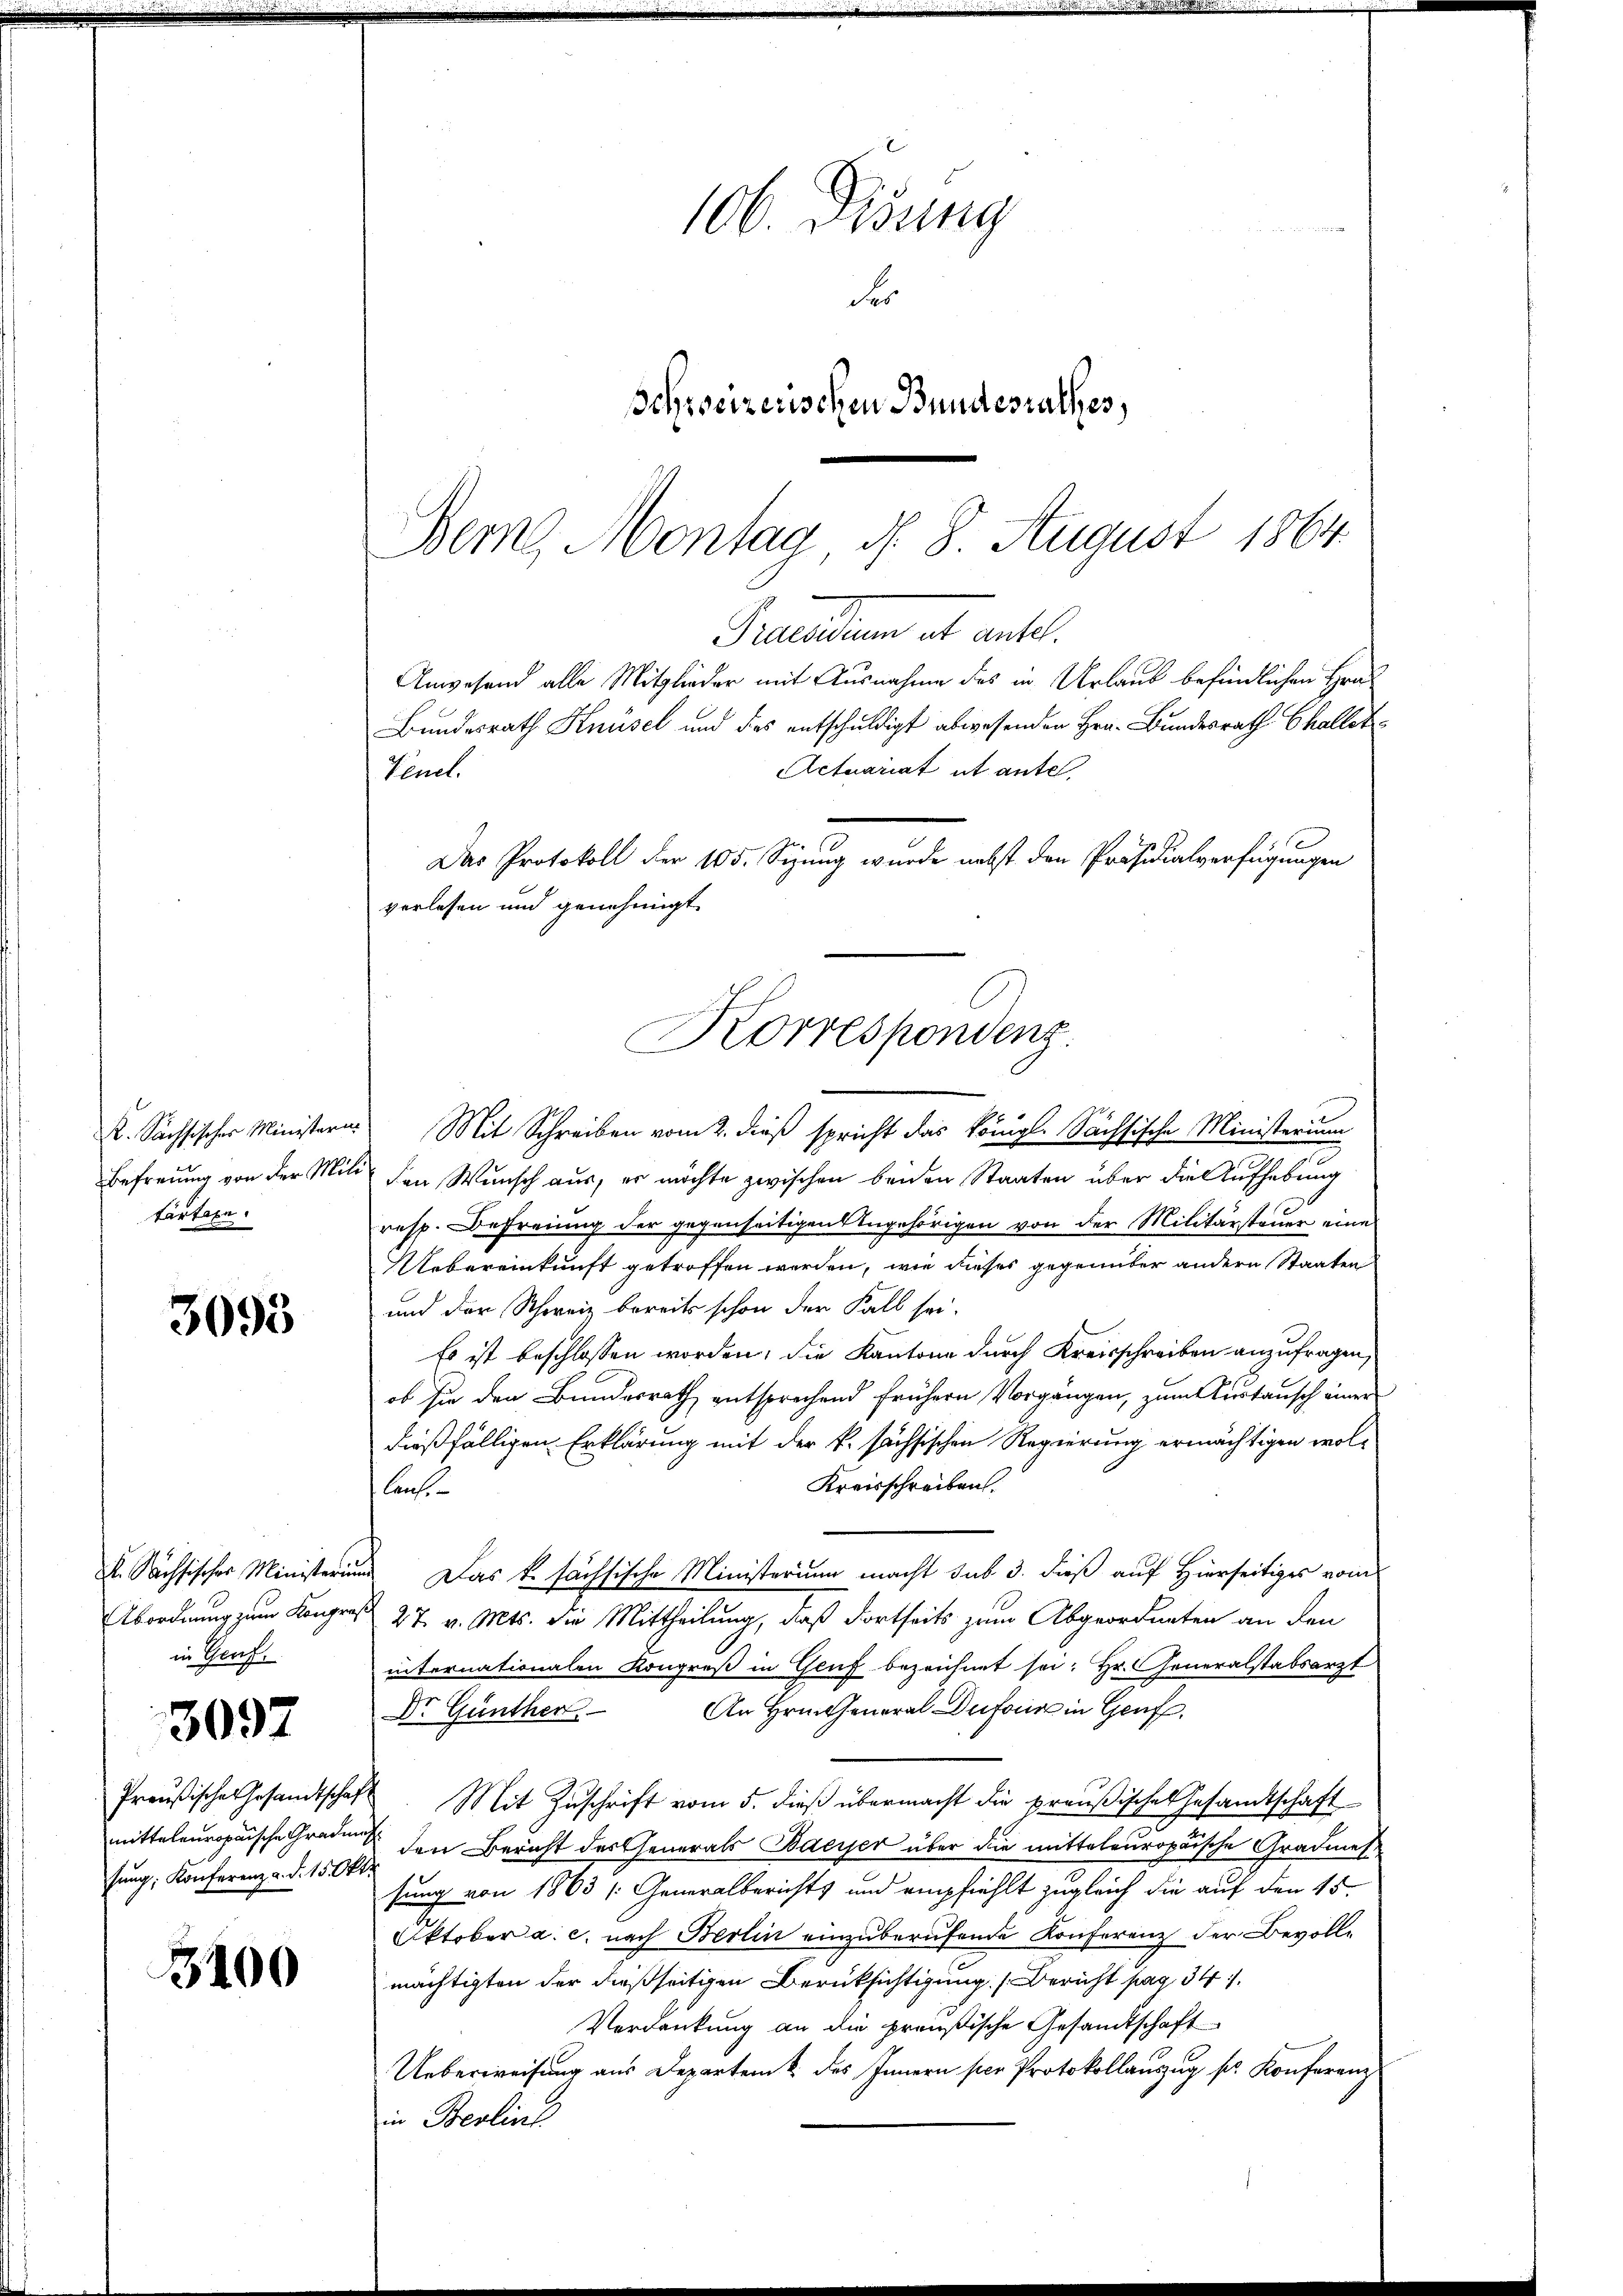
K. Sachsischer Ministern
Befreiung von der Mitärtaxe.

3093

K. Sachsischer Ministerium
in Genf.

3097

Preußische Gesandtschaf
mittaleuropaische Graden
sŭng, Konferenz u. d. 15. Ok

3400

106. Disung
Fr
sSchreizerischen Bundesrathes,

Bern Montag d. 8. August 1864.
Praeceden ist ante.
Anwesend alle Mitglieder mit Ausnahme des in Urlaub befindlichen Hrad
Bundesrath Knüsel und des entschuldigt abwesenden Hrn. Bundesrath Challet
Actuariat ut ante,
Das Protokoll der 105. Sizung wurde nebst den Präsidialverfügungen
verlesen und genehmigt.
Korrespondenz.

Fenel.

Mit Schreiben vom 2. dieß spricht das königl. Sächsische Ministerium
den Wunsch aus, er möchte zwischen beiden Staaten über die Aufhebung
resp. Befreiung der gegenseitigen Angehörigen von der Militärsteuer eine
Uebereinkunft getroffen werden, wie dieses gegenüber andern Staaten
und der Schweiz bereits schon der Fall sei.
Es ist beschlossen worden, die Kantone durch Kreisschreiben anzufragen,
ob sie den Bundesrath entsprechend frühern Vorgängen, zum Austausch einer
dießfälligen Erklärung mit der k. sächsischen Regierung ermächtigen wol¬
Kreisschreiben.
lans
 Das k. sächsische Ministerium macht sub 3. dieß auf Hierseitiges vom
Abordnung zum Kongreß 27. v. Mts. die Mittheilung, daß dortseits zum Abgeordneten an den
internationalen Kongroß in Genf bezeichnet sei; Hr. Generalstabsarzt
An Hrn. Gener Dufour in Genf,
Dr. Günther
 Mit Zuschrift vom 5. dieß übermacht die preußisches Gesandtschaft
1 den Bericht des Generals Bayer über die mitteleuropaische Gradmas
sung von 1863 /: Generalberichts und empfiehlt zugleich die auf den 15.
Oktober a. c. nach Berlin einzuberufende Konferenz der Bevollmächtigten der dießseitigen Berüksichtigung Bericht pag. 34
Verdankung an die preußische Gesandtschaft
Ueberweisung aus Departem k. des Innern sice Protokollauszug sr. Konferenz
in Berlin